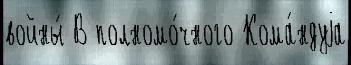
войны́ В полномо́чного Кома́ндуjа